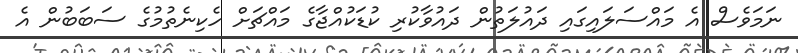
ނަމަވެސް އެ މައްސަލައިގައި ދައުލަތުން ދައުވާކުރި ކުޑަކުއްޖާގެ މައްޗަށް ހެކިނެތުމުގެ ސަބަބުން އެ